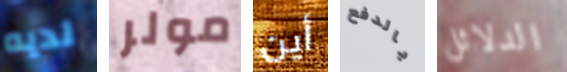
لديه مولر أين بالدفع الدلائل